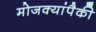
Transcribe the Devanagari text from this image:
मोजक्यांपैकी